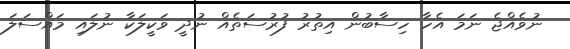
ނުވެއްޖެ ނަމަ އެހާ ހިސާބުން އިތުރު ފުރުސަތެއް ނުދީ ވަކީލަކާ ނުލައި މައްސަލަ